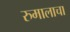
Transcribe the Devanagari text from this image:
रुमालाचा